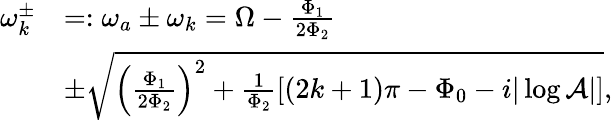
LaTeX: \begin{array}{rl}{\omega_{k}^{\pm}}&{=:\omega_{a}\pm\omega_{k}=\Omega-\frac{\Phi_{1}}{2\Phi_{2}}}\\ &{\pm\sqrt{\left(\frac{\Phi_{1}}{2\Phi_{2}}\right)^{2}+\frac{1}{\Phi_{2}}\left[(2k+1)\pi-\Phi_{0}-i|\log\mathcal{A}|\right]},}\end{array}